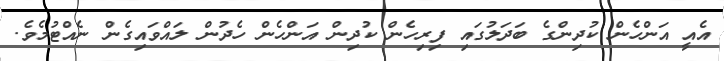
އެއީ އަންހެން ކުދިންގެ ބަދަލުގައި ފިރިހެން ކުދިން އަންހެން ހެދުން ލައްވައިގެން ނެއްޓުމެވެ.